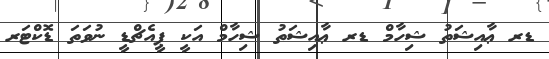
ޑރ ޢާއިޝަތު ޝިހާމް ޑރ ޢާއިޝަތު ޝިހާމް އަކީ ޕީއެޗްޑީ ނުވަތަ ޑޮކްޓަރ